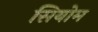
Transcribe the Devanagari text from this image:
सियोम